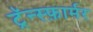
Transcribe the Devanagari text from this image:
ट्रॅन्स्फ़ार्मर